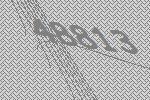
48813